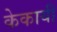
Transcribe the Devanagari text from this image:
केकायी